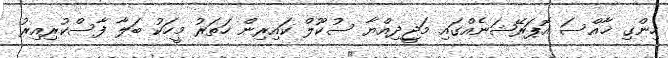
ހިންގި ޚާއްސަ އޮޕަރޭޝަނެއްގައި މަޖީދިއްޔާ ސުކޫލް ކައިރިން ހަތަރު މީހަކު ބަލާ ފާސްކުރިއިރު